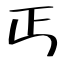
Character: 丐